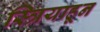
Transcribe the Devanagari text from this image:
स्त्रियाहून